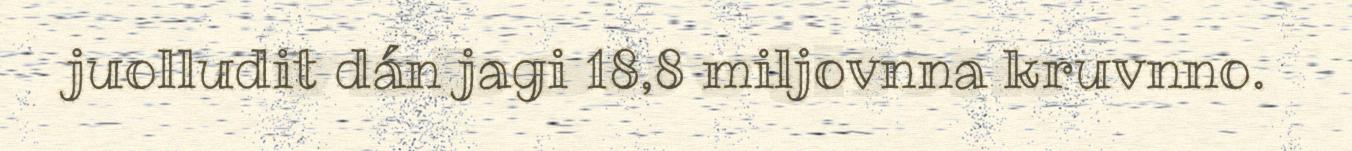
juolludit dán jagi 18,8 miljovnna kruvnno.